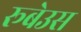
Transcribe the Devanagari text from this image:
रूबेउस